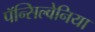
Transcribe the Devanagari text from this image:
पॅन्सिल्वेनिया